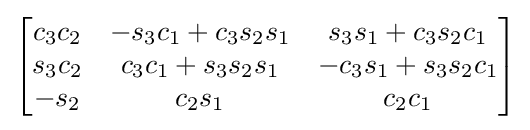
{\begin{bmatrix}c_{3}c_{2}&-s_{3}c_{1}+c_{3}s_{2}s_{1}&s_{3}s_{1}+c_{3}s_{2}c_{1}\\s_{3}c_{2}&c_{3}c_{1}+s_{3}s_{2}s_{1}&-c_{3}s_{1}+s_{3}s_{2}c_{1}\\-s_{2}&c_{2}s_{1}&c_{2}c_{1}\end{bmatrix}}